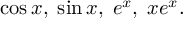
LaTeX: \cos x , \; \sin x , \; e ^ { x } , \; x e ^ { x } .